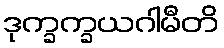
ဒုက္ခက္ခယဂါမီတိ